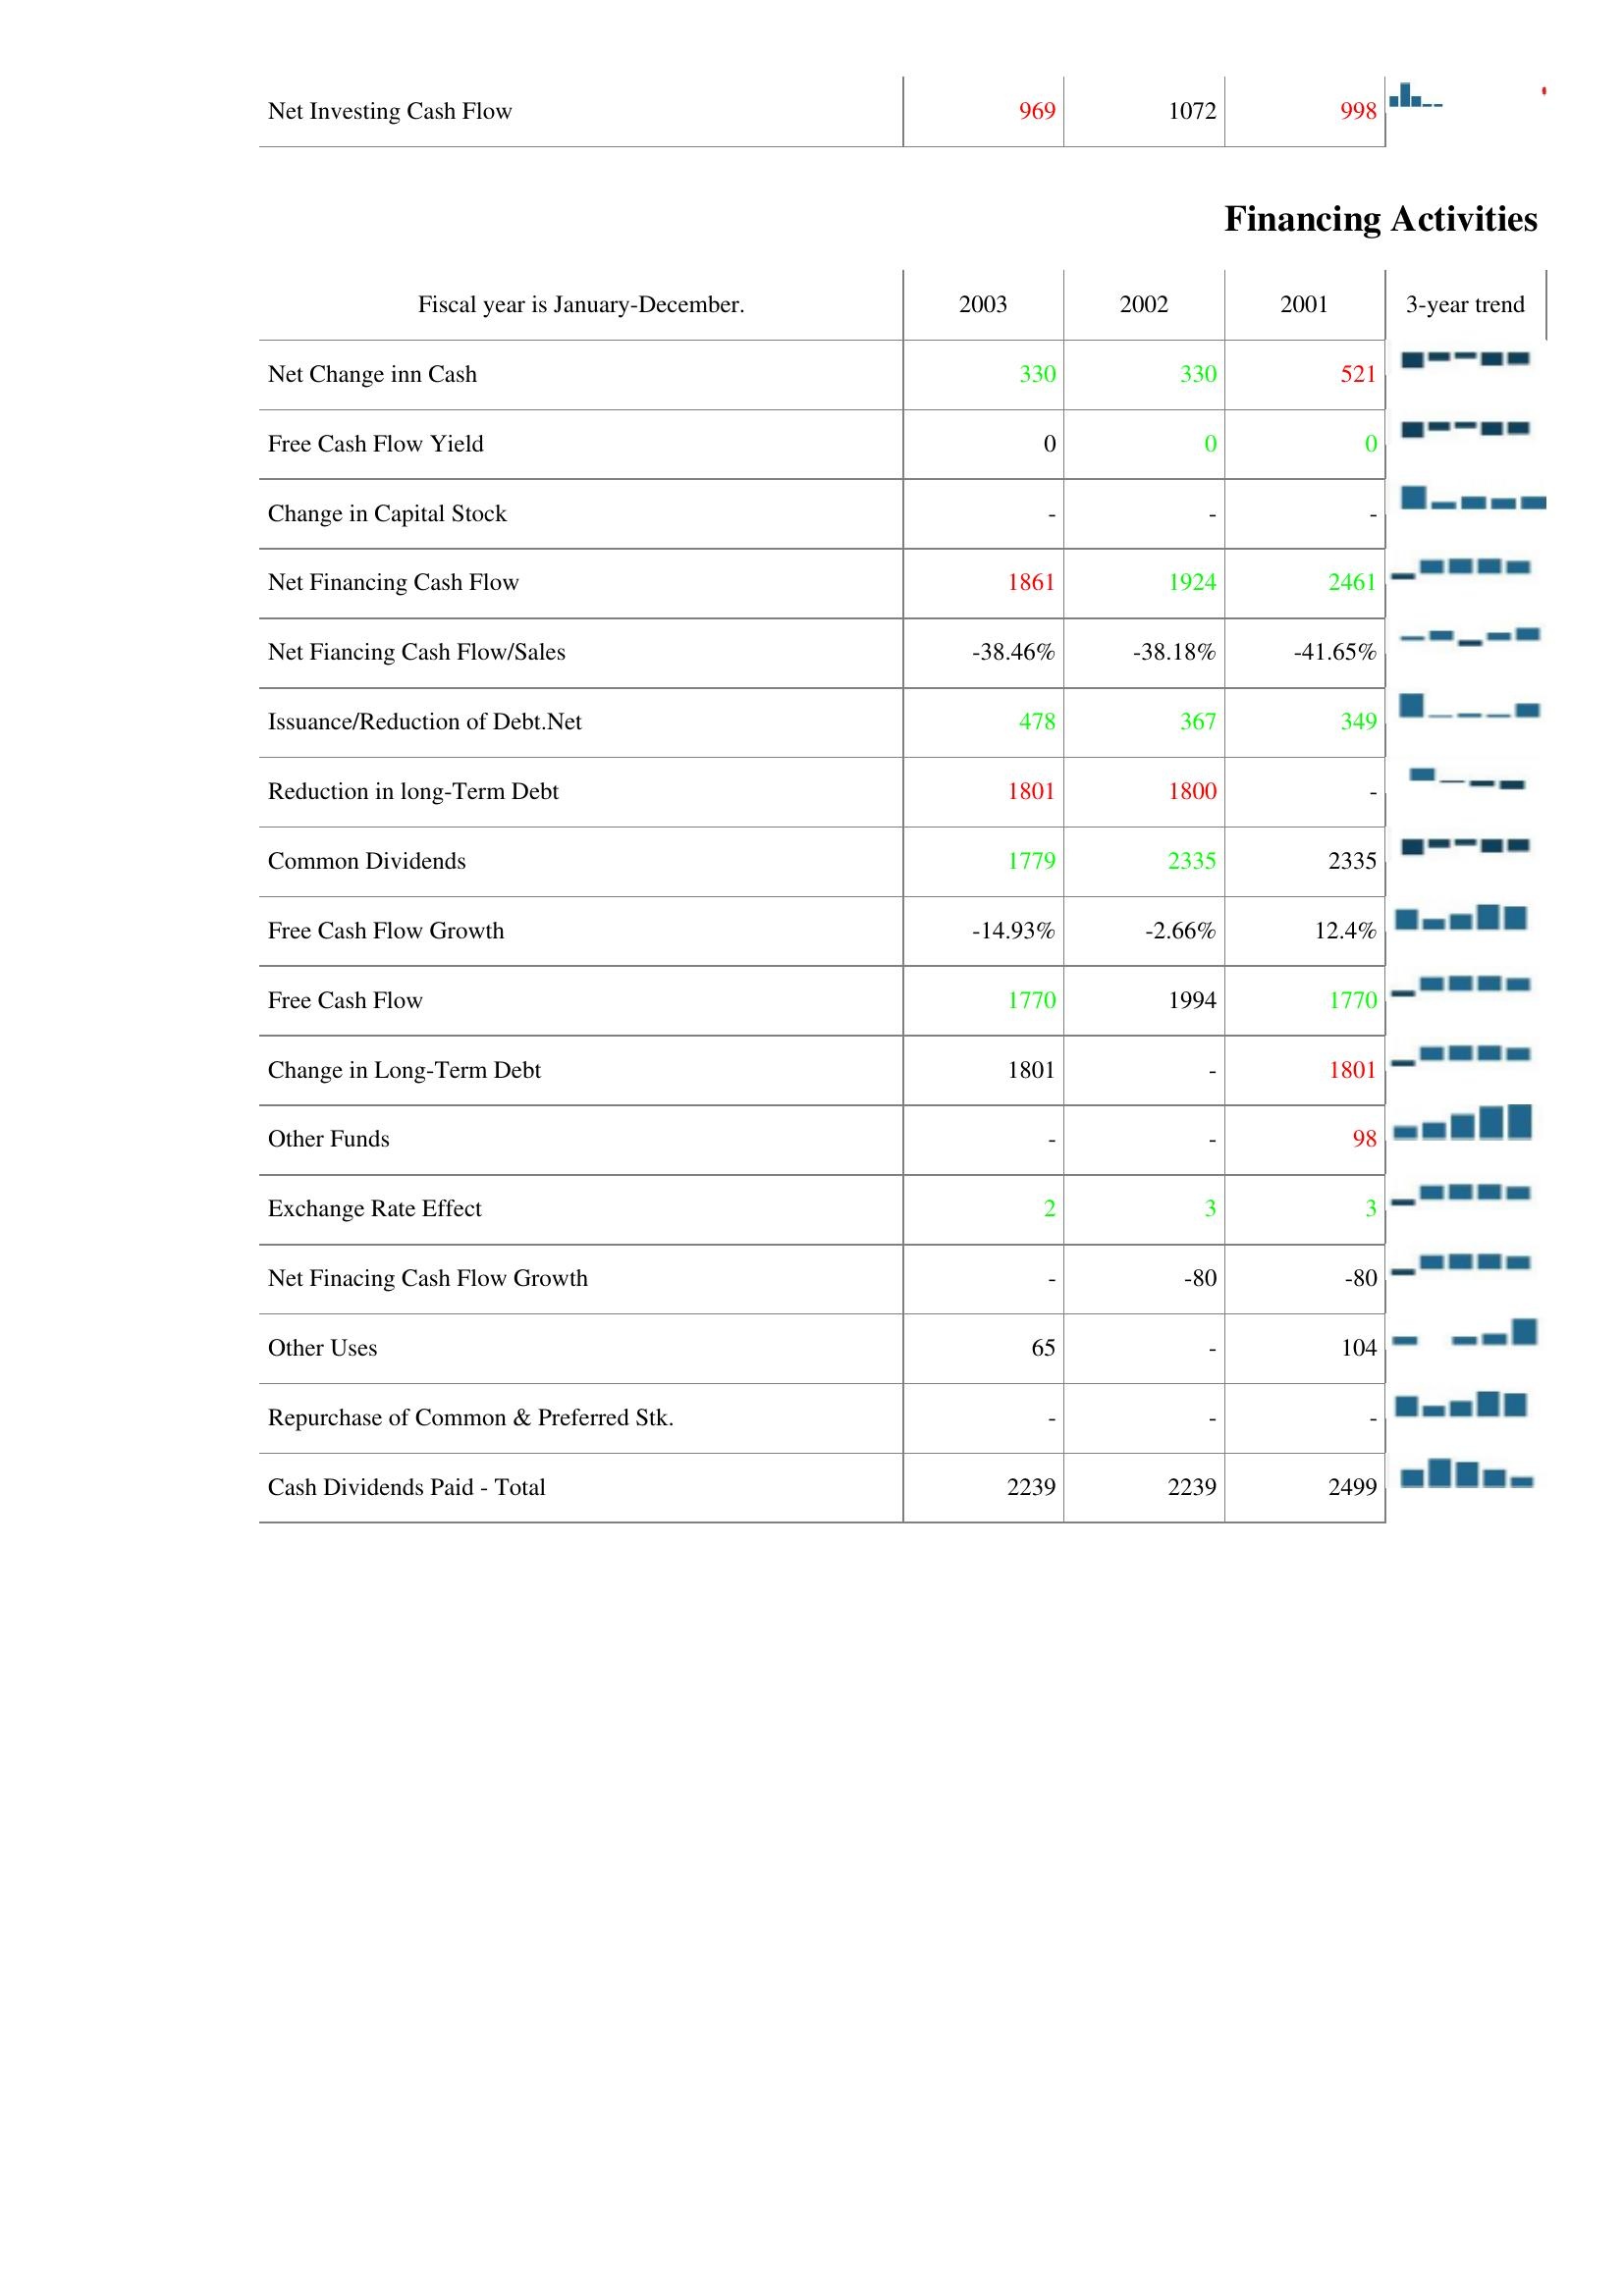
2003: Investing Activities: Net Investing Cash Flow: 969
Financing Activities: Net Change inn Cash: 330
Free Cash Flow Yield: 0
Change in Capital Stock: -
Net Financing Cash Flow: 1861
Net Fiancing Cash Flow/Sales: -38.46%
Issuance/Reduction of Debt.Net: 478
Reduction in long-Term Debt: 1801
Common Dividends: 1779
Free Cash Flow Growth: -14.93%
Free Cash Flow: 1770
Change in Long-Term Debt: 1801
Other Funds: -
Exchange Rate Effect: 2
Net Finacing Cash Flow Growth: -
Other Uses: 65
Repurchase of Common & Preferred Stk.: -
Cash Dividends Paid - Total: 2239
2002: Investing Activities: Net Investing Cash Flow: 1072
Financing Activities: Net Change inn Cash: 330
Free Cash Flow Yield: 0
Change in Capital Stock: -
Net Financing Cash Flow: 1924
Net Fiancing Cash Flow/Sales: -38.18%
Issuance/Reduction of Debt.Net: 367
Reduction in long-Term Debt: 1800
Common Dividends: 2335
Free Cash Flow Growth: -2.66%
Free Cash Flow: 1994
Change in Long-Term Debt: -
Other Funds: -
Exchange Rate Effect: 3
Net Finacing Cash Flow Growth: -80
Other Uses: -
Repurchase of Common & Preferred Stk.: -
Cash Dividends Paid - Total: 2239
2001: Investing Activities: Net Investing Cash Flow: 998
Financing Activities: Net Change inn Cash: 521
Free Cash Flow Yield: 0
Change in Capital Stock: -
Net Financing Cash Flow: 2461
Net Fiancing Cash Flow/Sales: -41.65%
Issuance/Reduction of Debt.Net: 349
Reduction in long-Term Debt: -
Common Dividends: 2335
Free Cash Flow Growth: 12.4%
Free Cash Flow: 1770
Change in Long-Term Debt: 1801
Other Funds: 98
Exchange Rate Effect: 3
Net Finacing Cash Flow Growth: -80
Other Uses: 104
Repurchase of Common & Preferred Stk.: -
Cash Dividends Paid - Total: 2499